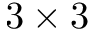
3 \times 3